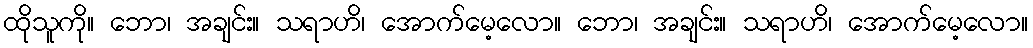
ထိုသူကို။ ဘော၊ အချင်း။ သရာဟိ၊ အောက်မေ့လော။ ဘော၊ အချင်း။ သရာဟိ၊ အောက်မေ့လော။